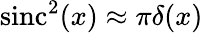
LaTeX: \mathrm{sinc}^{2}(x)\approx\pi\delta(x)